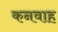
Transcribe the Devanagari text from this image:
कनवाह